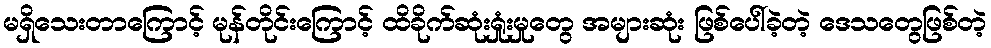
မရှိသေးတာကြောင့် မုန်တိုင်းကြောင့် ထိခိုက်ဆုံးရှုံးမှုတွေ အများဆုံး ဖြစ်ပေါ်ခဲ့တဲ့ ဒေသတွေဖြစ်တဲ့